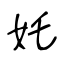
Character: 奼